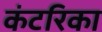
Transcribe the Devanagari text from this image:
कंटरिका